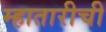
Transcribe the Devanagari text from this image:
म्हातारीची